Medical and sanitary report of the native army of Madras for the year
Year: 1877
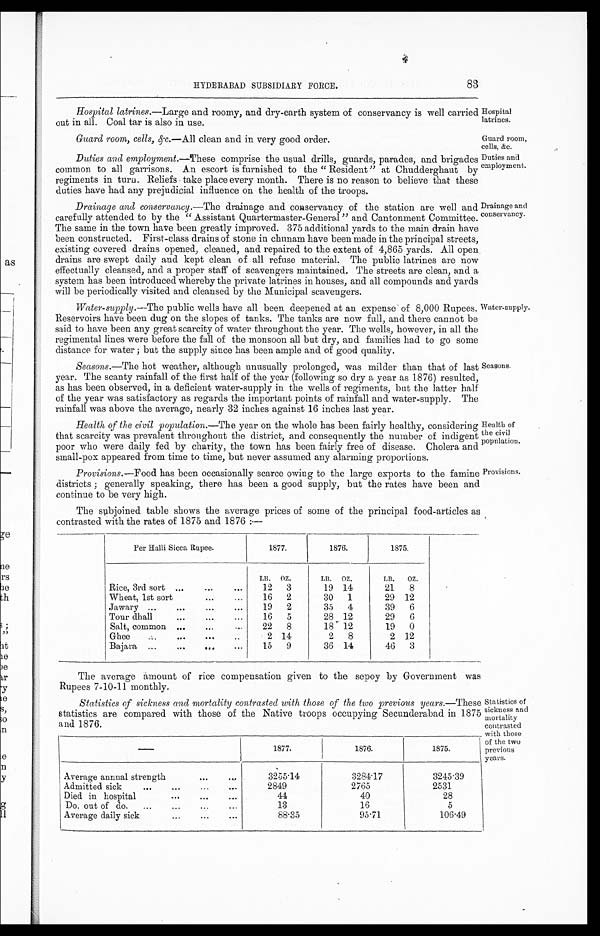
Hospital
latrines.
Guard room,
cells, &c.
Duties and
employment.
Health of
the civil
population.
Provisions.
83
HYDERABAD SUBSIDIARY FORCE.
Hospital latrines.— Large and roomy, and dry-earth system of conservancy is well carried
out in all. Coal tar is also in use.
Guard room, cells, &c.—All clean and in very good order.
Duties and employment.—These comprise the usual drills, guards, parades, and brigades
common to all garrisons. An escort is furnished to the " Resident" at Chudderghaut by
regiments in turn. Reliefs take place every month. There is no reason to believe that these
duties have had any prejudicial influence on the health of the troops.
Drainage and conservancy.—The drainage and conservancy of the station are well and
carefully attended to by the " Assistant Quartermaster-General " and Cantonment Committee.
The same in the town have been greatly improved. 375 additional yards to the main drain have
been constructed. First-class drains of stone in chunam have been made in the principal streets,
existing covered drains opened, cleaned, and repaired to the extent of 4,865 yards. All open
drains are swept daily and kept clean of all refuse material. The public latrines are now
effectually cleansed, and a proper staff of scavengers maintained. The streets are clean, and a
system has been introduced whereby the private latrines in houses, and all compounds and yards
will be periodically visited and cleansed by the Municipal scavengers.
Drainage and
conservancy.
Water-supply.—The public wells have all been deepened at an expense of 8,000 Rupees.
Reservoirs have been dug on the slopes of tanks. The tanks are now full, and there cannot be
said to have been any great scarcity of water throughout the year. The wells, however, in all the
regimental lines were before the fall of the monsoon all but dry, and families had to go some
distance for water ; but the supply since has been ample and of good quality.
Water-supply.
Seasons.—The hot weather, although unusually prolonged, was milder than that of last
year. The scanty rainfall of the first half of the year (following so dry a year as 1876) resulted,
as has been observed, in a deficient water-supply in the wells of regiments, but the latter half
of the year was satisfactory as regards the important points of rainfall and water-supply. The
rainfall was above the average, nearly 32 inches against 16 inches last year.
Health of the civil population.—The year on the whole has been fairly healthy, considering
that scarcity was prevalent throughout the district, and consequently the number of indigent
poor who were daily fed by charity, the town has been fairly free of disease. Cholera and
small-pox appeared from time to time, but never assumed any alarming proportions.
Provisions.—Food has been occasionally scarce owing to the large exports to the famine
districts ; generally speaking, there has been a good supply, but the rates have been and
continue to be very high.
The subjoined table shows the average prices of some of the principal food-articles as
contrasted with the rates of 1875 and 1876 :—
Per Halli Sicca Rupee.
1877.
1876.
1875.
LB.
OZ.
LB.
OZ.
LB.
OZ.
Rice, 3rd sort ...
...
. . .
12
3
19 14
21
8
Wheat, 1st sort
...
...
16
2
30
1
29 12
Jawary ....
...
...
...
19
2
35
4
39
6
Tour dhall
...
...
...
16
5
28 12
29
6
Salt, common ...
...
. . .
22
8
18 12
19
0
Ghee
...
...
. . .
...
2 14
2
8
2 12
Bajara, . . .
. . .
...
. . .
15
9
36 14
46
3
Seasons.
The average amount of rice compensation given to the sepoy by Government was
Rupees 7-10-11 monthly.
Statistics of sickness and mortality contrasted with those of the two previous years.—These
statistics are compared with those of the Native troops occupying Secunderabad in 1875
and 1876.
—
1877.
1876.
1875.
Average annual strength
...
....
3235.14
3284.17
3245.39
Admitted sick
...
...
...
...
2849
2765
2531
Died in hospital
...
. . .
4 4
40
28
Do. out of do.
...
...
...
. . .
13
16
5
Average daily sick
...
...
...
88.35
95.71
106.49
Statistics of
sickness and
mortality
contrasted
with those
of the two
previous
years.